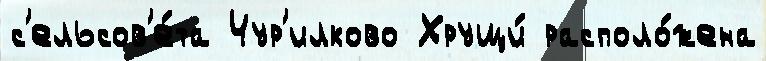
с'ельсов'е́та Чур'илково Хрущи́ располо́жена